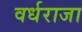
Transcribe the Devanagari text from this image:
वर्धराजा